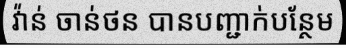
វ៉ាន់ ចាន់ថន បានបញ្ជាក់បន្ថែម